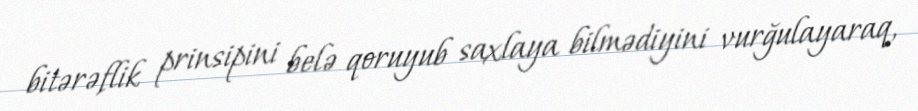
bitərəflik prinsipini belə qoruyub saxlaya bilmədiyini vurğulayaraq,